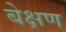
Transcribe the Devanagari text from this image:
बेक्षण